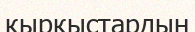
қырқыстардың